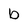
Character: b